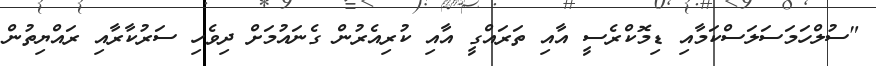
"ސުލްހަމަސަލަސްކަމާއި ޑިމޮކްރެސީ އާއި ތަރައްގީ އާއި ކުރިއެރުން ގެނައުމަށް ދިވެހި ސަރުކާރާއި ރައްޔިތުން